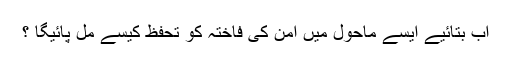
اب بتائیے ایسے ماحول میں امن کی فاختہ کو تحفظ کیسے مل پائیگا ؟